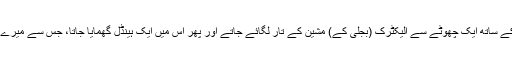
میرے ہاتھوں کی تمام انگلیوں میں کلپ لگاکر اس کے ساتھ ایک چھوٹے سے الیکٹرک (بجلی کے) مشین کے تار لگائے جاتے اور پھر اس میں ایک ہینڈل گھمایا جاتا، جس سے میرے پورے جسم میں کرنٹ اور بجلی کی لہر دوڑ جاتی۔